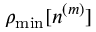
\rho _ { \mathrm { m i n } } [ n ^ { ( m ) } ]